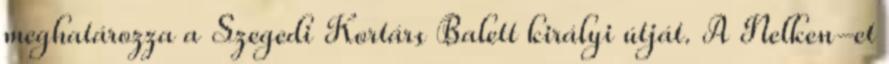
meghatározza a Szegedi Kortárs Balett királyi útját. A Nelken-et